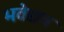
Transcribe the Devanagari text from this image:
भवेद्यत्र